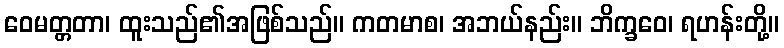
ဝေမတ္တတာ၊ ထူးသည်၏အဖြစ်သည်။ ကတမာစ၊ အဘယ်နည်း။ ဘိက္ခဝေ၊ ရဟန်းတို့။